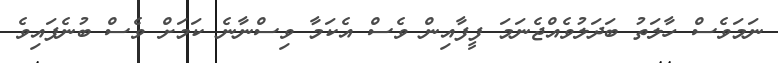
ނަމަވެސް ހާލަތު ބަދަލުވެއްޖެނަމަ ފީފާއިން ވެސް އެކަމާ ވިސްނާނެ ކަމަށް ވެސް ބުނެފައިވެ